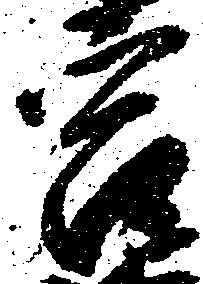
宮